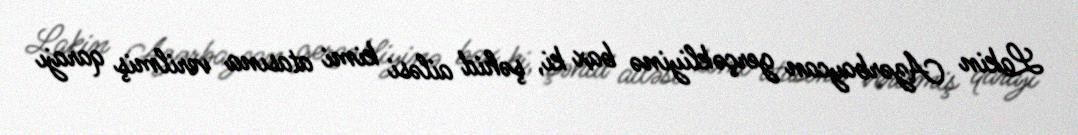
Lakin Azərbaycan gerçəkliyinə bax ki, şəhid ailəsi kimi atasına verilmiş qarajı